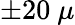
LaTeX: \pm 20~\mu